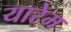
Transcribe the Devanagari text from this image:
यारेम